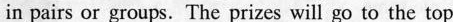
in pairs or groups. The prizes will go to the top